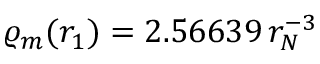
\varrho _ { m } ( r _ { 1 } ) = 2 . 5 6 6 3 9 \, r _ { N } ^ { - 3 }